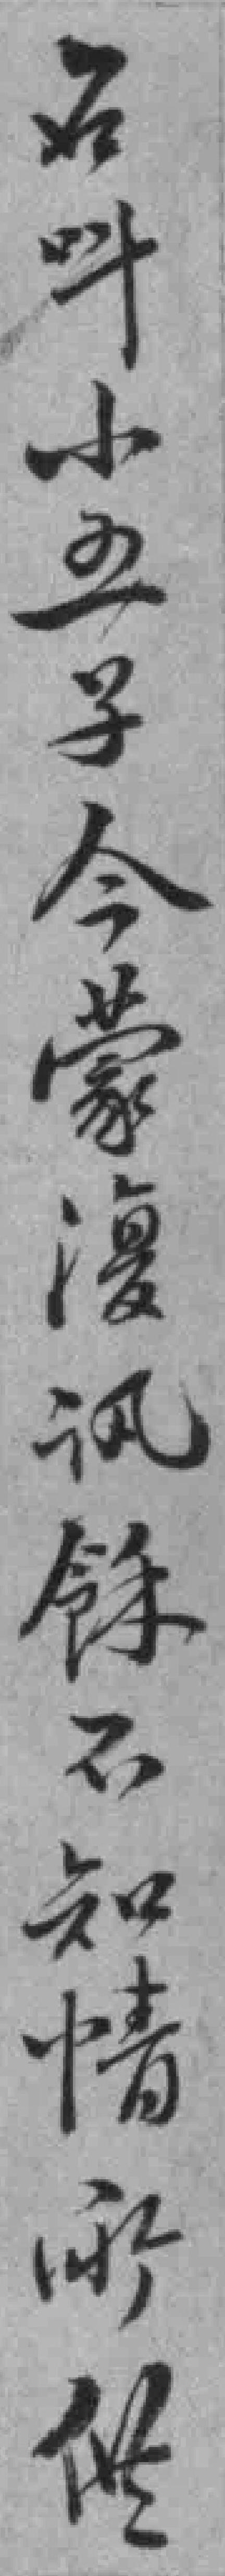
名呌小五子今蒙復讯餘不知情所供